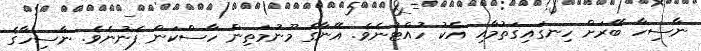
ނާސިހާ ބޭރަށް ހިނގައިގަތުމާއި އެކު ހުއްޓުނެވެ. އޭނާގެ މޫނުމަތިން ހާސްކަން ފެނުނެވެ. ނާސިހާގެ